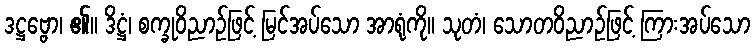
ဒဋ္ဌဗ္ဗော၊ ၏။ ဒိဋ္ဌံ၊ စက္ခုဝိညာဉ်ဖြင့် မြင်အပ်သော အာရုံကို။ သုတံ၊ သောတဝိညာဉ်ဖြင့် ကြားအပ်သော